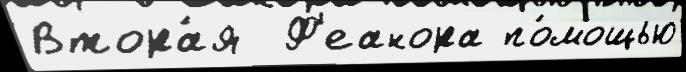
Втора́я  Ф'еанора по́мощью